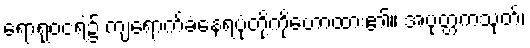
ရောရုဝငရဲ၌ ကျရောက်ခံနေရပုံတို့ကိုဟောထား၏။ အပုတ္တကသုတ်၊